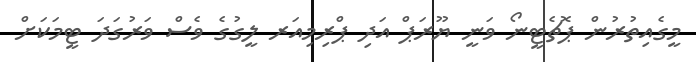
މީގެއިތުރުން ޕޮޗެޓީނޯ ވަނީ ޔޫރަޕް އަދި ޕްރިމިއަރ ލީގުގެ ވެސް ވަރުގަދަ ޓީމަކަށް